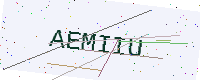
Text: AEMIIU